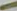
-